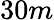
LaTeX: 30m